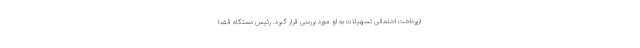
ازپرداخت احتمالی تسهیلات به او مورد بررسی قرار گیرد. رئیس دستگاه قضا